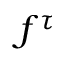
f ^ { \tau }